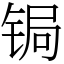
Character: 锔